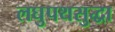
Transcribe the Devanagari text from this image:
लघुपथसुद्धा